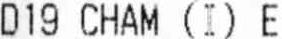
D19 CHAM (I) E